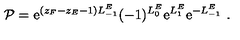
{ \cal P } = \mathrm { e } ^ { ( z _ { F } - z _ { E } - 1 ) L _ { - 1 } ^ { E } } ( - 1 ) ^ { L _ { 0 } ^ { E } } \mathrm { e } ^ { L _ { 1 } ^ { E } } \mathrm { e } ^ { - L _ { - 1 } ^ { E } } \ .